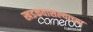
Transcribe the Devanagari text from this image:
खडकवासल्याच्या